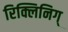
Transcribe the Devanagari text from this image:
रिक्लिनिग्